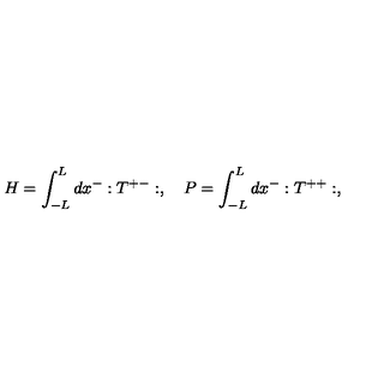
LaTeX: H = \int _ { - L } ^ { L } d x ^ { - } : T ^ { + - } : , \quad P = \int _ { - L } ^ { L } d x ^ { - } : T ^ { + + } : ,